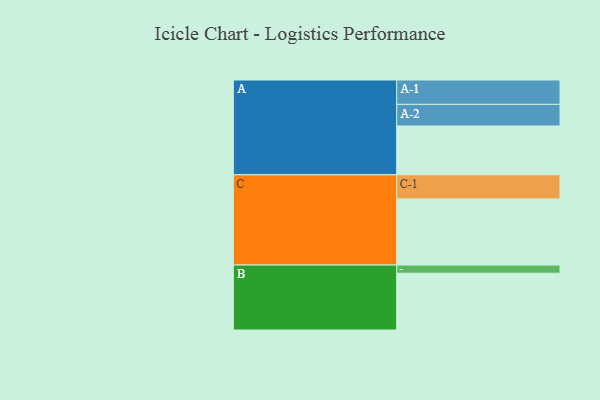
{"axis": {"x": "Segment", "y": "Value"}, "legend": ["", "A", "B", "C"], "data": [{"x": "A", "y": 419, "type": ""}, {"x": "B", "y": 487, "type": ""}, {"x": "C", "y": 567, "type": ""}, {"x": "A-1", "y": 209, "type": "A"}, {"x": "A-2", "y": 185, "type": "A"}, {"x": "B-1", "y": 70, "type": "B"}, {"x": "C-1", "y": 207, "type": "C"}]}